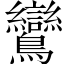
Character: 鸞